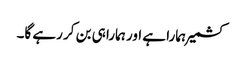
کشمیر ہمارا ہے اور ہمارا ہی بن کر رہے گا۔